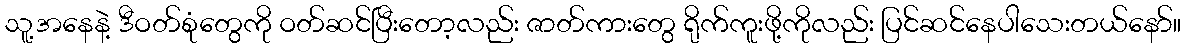
သူ့အနေနဲ့ ဒီဝတ်စုံတွေကို ဝတ်ဆင်ပြီးတော့လည်း ဇာတ်ကားတွေ ရိုက်ကူးဖို့ကိုလည်း ပြင်ဆင်နေပါသေးတယ်နော်။